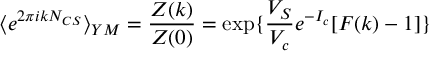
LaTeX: \langle e ^ { 2 \pi i k N _ { C S } } \rangle _ { Y M } = \frac { Z ( k ) } { Z ( 0 ) } = \exp \{ \frac { V _ { S } } { V _ { c } } e ^ { - I _ { c } } [ F ( k ) - 1 ] \}